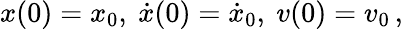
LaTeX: x(0)=x_{0},~\dot{x}(0)=\dot{x}_{0},~v(0)=v_{0}\, ,